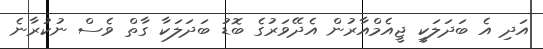
އަދި އެ ބަދަލަކީ ޖީއެމްއާރުން އެދޭވަރުގެ ބޮޑު ބަދަލަކާ ގާތް ވެސް ނުކުރާނެ